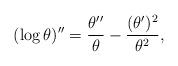
LaTeX: \begin{align*} (\log \theta)'' = \frac {\theta''}{\theta} - \frac {(\theta')^2}{\theta^2},\end{align*}